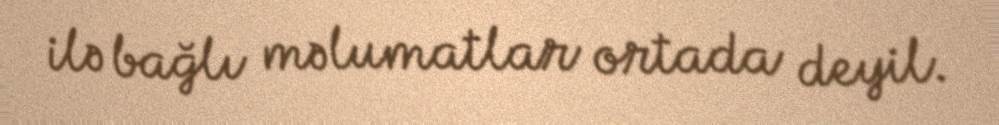
ilə bağlı məlumatlar ortada deyil.